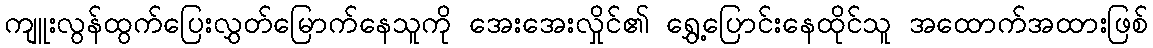
ကျူးလွန်ထွက်ပြေးလွှတ်မြောက်နေသူကို အေးအေးလှိုင်၏ ရွှေ့ပြောင်းနေထိုင်သူ အထောက်အထားဖြစ်